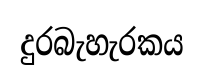
දුරබැහැරකය